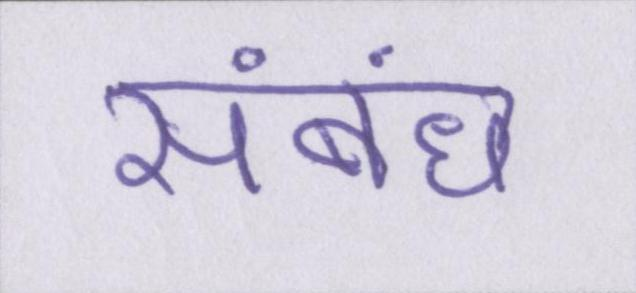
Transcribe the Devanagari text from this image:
संबंध